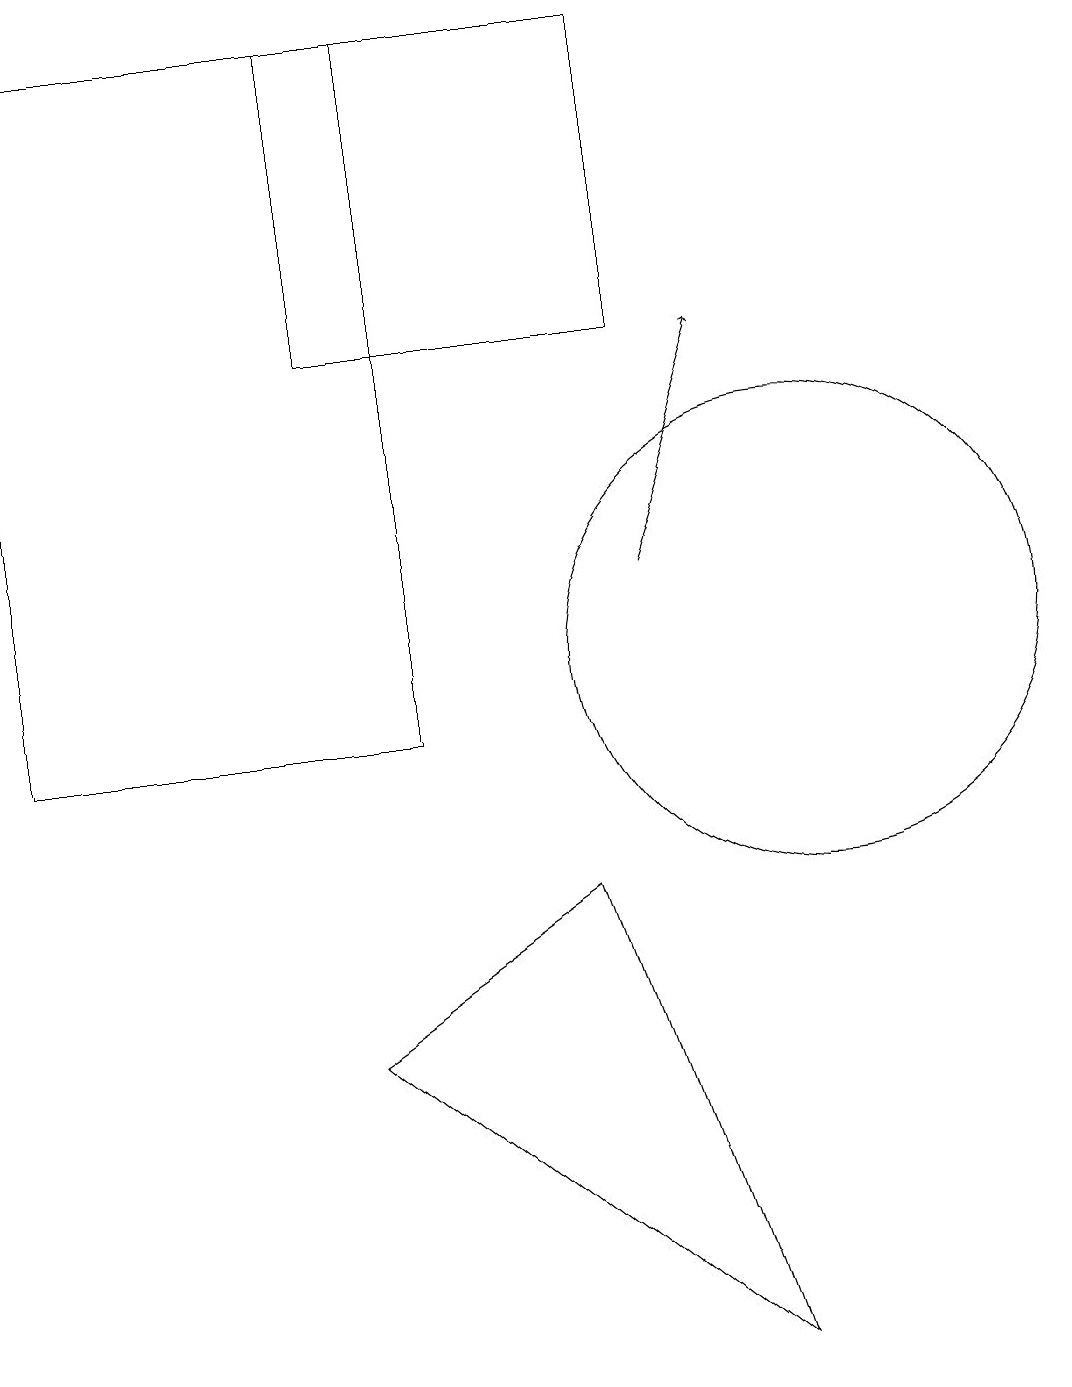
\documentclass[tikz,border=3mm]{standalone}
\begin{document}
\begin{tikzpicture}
\draw (9,2) -- (4,6) -- (7,8) -- cycle;
\draw[->] (8,12) -- (9,15);
\draw (11,12) circle (0);
\draw (10,11) circle (3);
\draw (4,19) rectangle (8,15);
\draw (0,10) rectangle (5,19);
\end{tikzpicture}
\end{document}